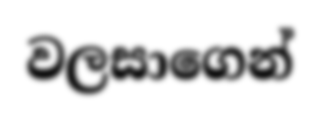
වලසාගෙන්